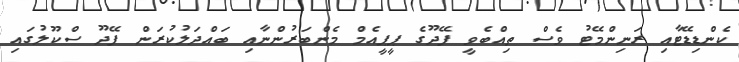
ކެންޑިޑޭޓާއި ރަނިންމޭޓު ވެސް ތިއްބެވީ ފޭދޫގެ ޕީޕީއެމް މެންބަރުންނާއި ބައްދަލުކުރަން ފޭދޫ ސްކޫލުގައި